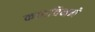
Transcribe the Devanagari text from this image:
कारविनने